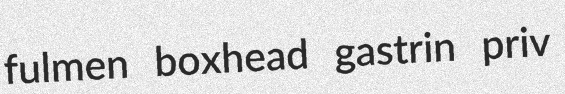
fulmen boxhead gastrin priv